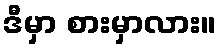
ဒီမှာ စားမှာလား။